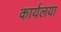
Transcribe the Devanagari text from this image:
कार्यलया